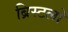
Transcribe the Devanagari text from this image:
ब्रिस्टलों